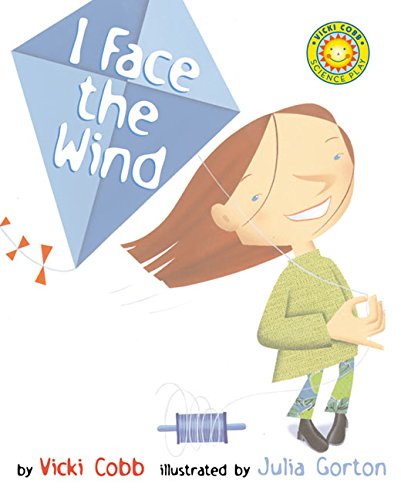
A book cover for I Face the Wind (Robert F. Sibert Informational Book Honor (Awards)); Vicki Cobb; Children's Books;